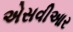
એસવીઆર